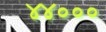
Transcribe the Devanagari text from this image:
४४०००